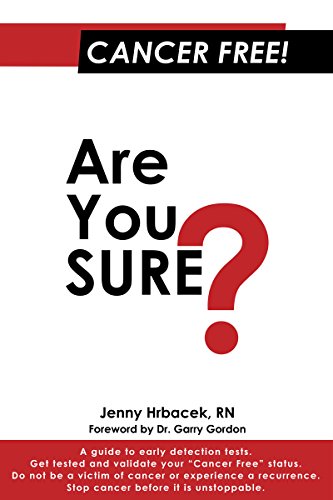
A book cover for Cancer Free! Are You Sure?; Jenny Hrbacek RN; Health, Fitness & Dieting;